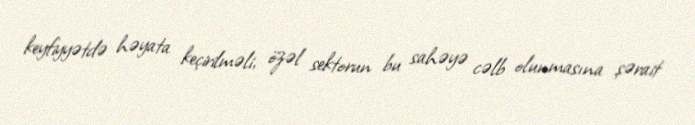
keyfiyyətdə həyata keçirilməli, özəl sektorun bu sahəyə cəlb olunmasına şərait